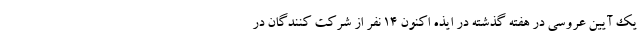
یک آیین عروسی در هفته گذشته در ایذه اکنون ۱۴ نفر از شرکت کنندگان در